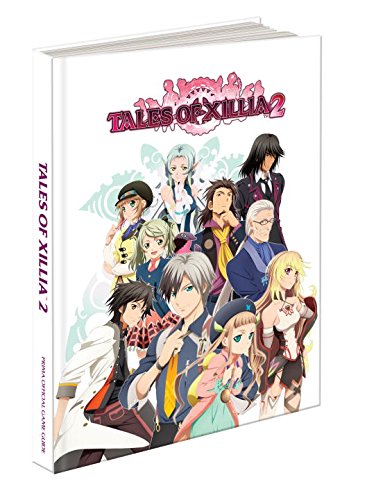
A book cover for Tales of Xillia 2: Prima Official Game Guide; Howard Grossman; Computers & Technology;